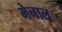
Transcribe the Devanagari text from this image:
मेनाल